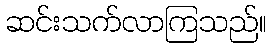
ဆင်းသက်လာကြသည်။